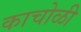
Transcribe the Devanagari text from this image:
काचोळी